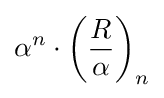
\alpha ^{n}\cdot \left({\frac {R}{\alpha }}\right)_{n}